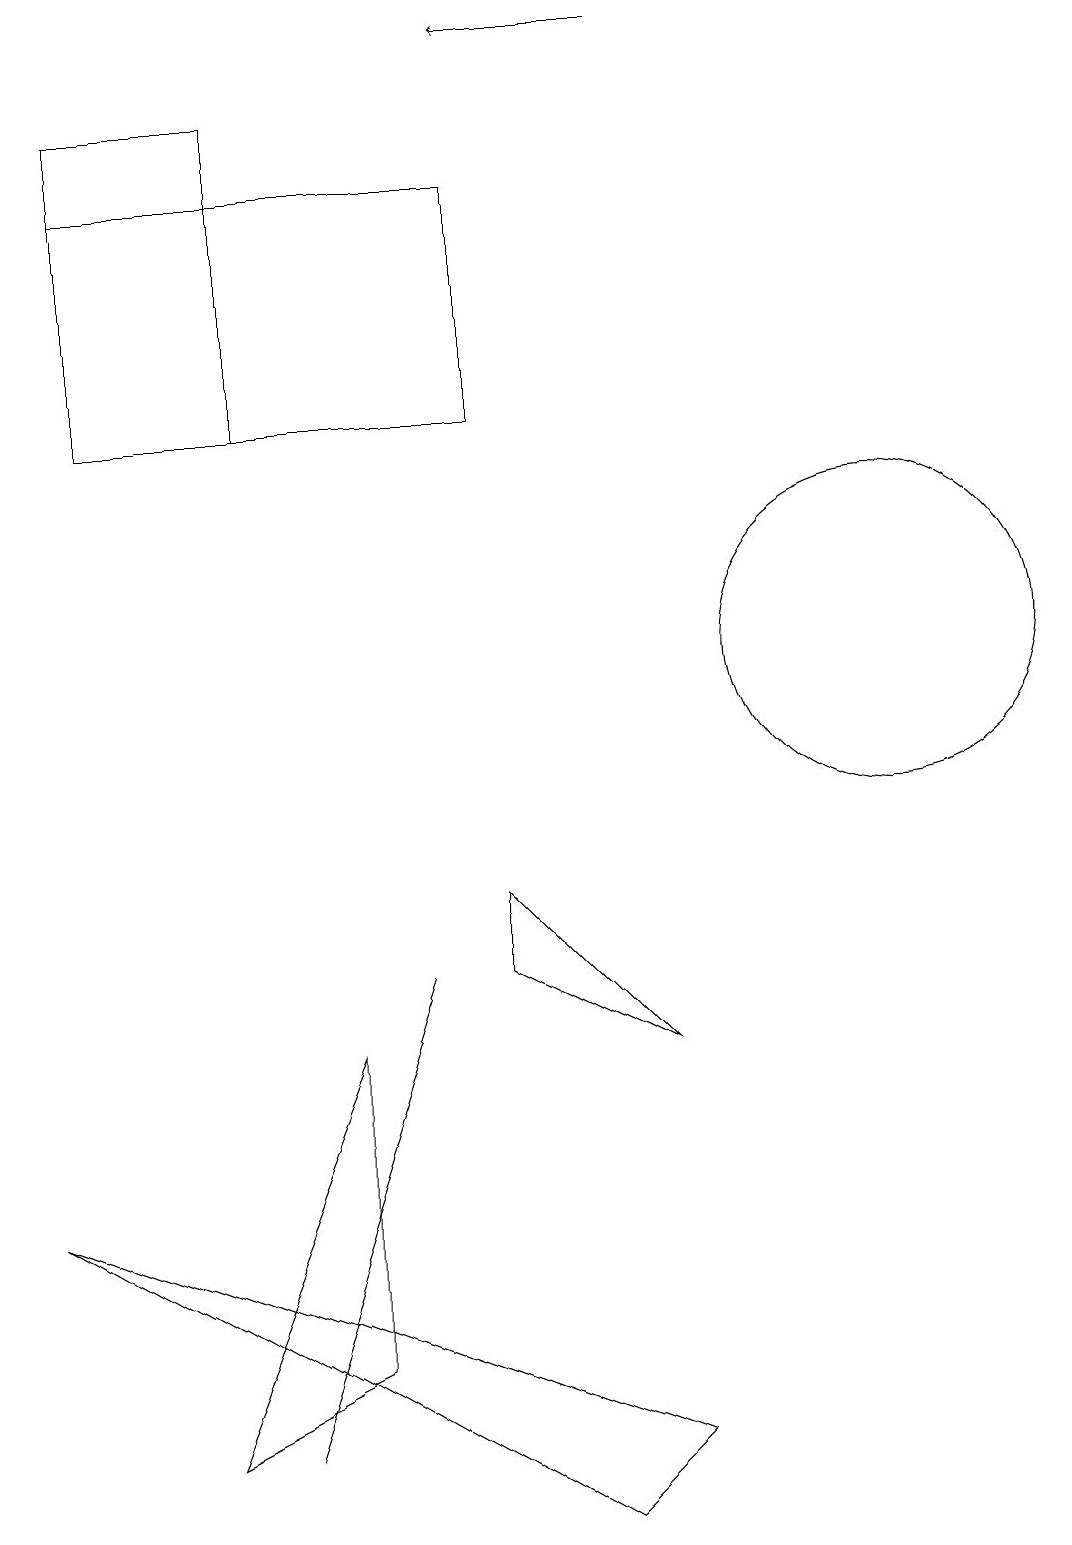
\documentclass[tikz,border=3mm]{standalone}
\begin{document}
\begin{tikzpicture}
\draw (3,18) rectangle (1,14);
\draw (11,11) circle (2);
\draw (6,8) -- (8,6) -- (6,7) -- cycle;
\draw (0,4) -- (8,1) -- (7,0) -- cycle;
\draw[->] (8,19) -- (6,19);
\draw (6,17) rectangle (1,14);
\draw (4,6) -- (2,1) -- (4,2) -- cycle;
\draw (3,1) -- (4,4) -- (5,7) -- cycle;
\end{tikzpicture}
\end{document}